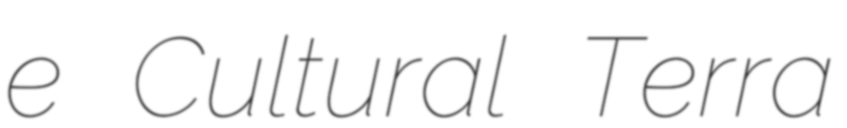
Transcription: e Cultural Terra